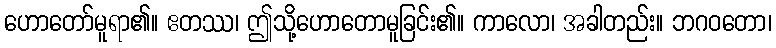
ဟောတော်မူရာ၏။ ဧတဿ၊ ဤသို့ဟောတောမူခြင်း၏။ ကာလော၊ အခါတည်း။ ဘဂဝတော၊